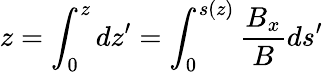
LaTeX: z=\int_{0}^{z}dz^{\prime}=\int_{0}^{s(z)}\frac{B_{x}}{B}ds^{\prime}